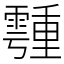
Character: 𩅞